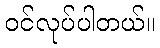
ဝင်လုပ်ပါတယ်။